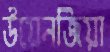
উয়েনজিয়া